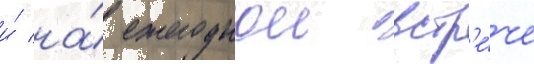
и́ на́ ежегоднои встр'е́че